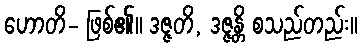
ဟောတိ- ဖြစ်၏။ ဒဇ္ဇတိ, ဒဇ္ဇန္တိ စသည်တည်း။